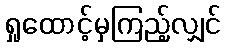
ရှုထောင့်မှကြည့်လျှင်